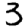
Digit: 3